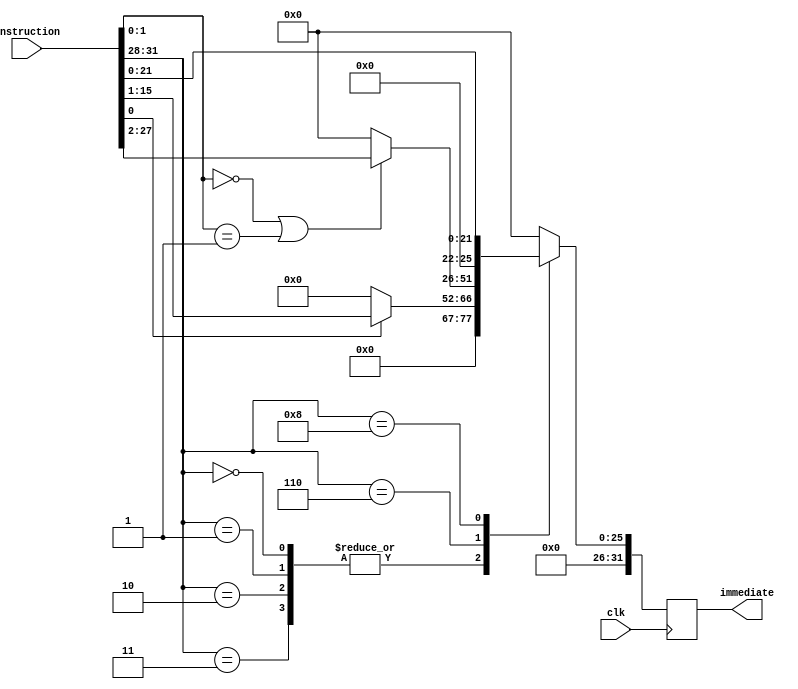
module immediateExtractor (
	input wire  [31:0] instruction,
	output wire [31:0] immediate,
	input wire clk
);

parameter SUM			= 4'b0000;
parameter SUBTRACT	= 4'b0001;
parameter MULTIPLY	= 4'b0010;
parameter DIVIDE		= 4'b0011;
parameter SHIFT		= 4'b0100;
parameter LOGIC		= 4'b0101;
parameter JUMP			= 4'b0110;
parameter STACK		= 4'b0111;
parameter WRITE		= 4'b1000;
parameter COPY			= 4'b1001;
parameter LOAD			= 4'b1010;
parameter STORE		= 4'b1011;
parameter SLEEP		= 4'b1100;

reg [3:0] opcode;
reg  [31:0] auxImmediate;
assign immediate = auxImmediate;

always @ (posedge clk) begin
	opcode = instruction[31:28];
	case (opcode)
		SUM, SUBTRACT, MULTIPLY, DIVIDE:	auxImmediate = !instruction[0] ? 32'b0 : {15'b0, instruction[15:1]};
		JUMP:					auxImmediate = instruction[1:0] == 2'b00 || instruction[1:0] == 2'b01 ? {6'b0, instruction[27:2]} : 32'b0;
		WRITE:				auxImmediate = {9'b0, instruction[21:0]};
		default:				auxImmediate = 32'b0;
	endcase
end
endmodule